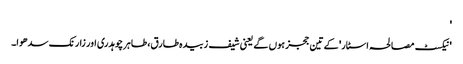
'
'نیکسٹ مصالحہ اسٹار' کے تین ججز ہوں گے یعنی شیف زبیدہ طارق، طاہر چوہدری اور زارنک سدھوا۔